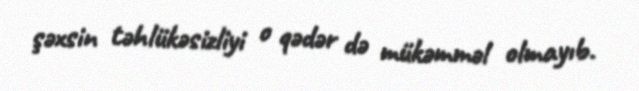
şəxsin təhlükəsizliyi o qədər də mükəmməl olmayıb.